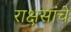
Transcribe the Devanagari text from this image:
राक्षसांचे